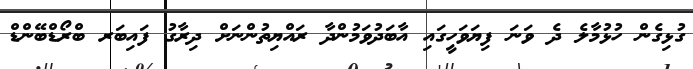
ގުޅިގެން ހުޅުމާލެ ދެ ވަނަ ފިޔަވަހީގައި އާބަދުވަމުންދާ ރައްޔިތުންނަށް ދިރާގު ފައިބަރ ބްރޯޑްބޭންޑް